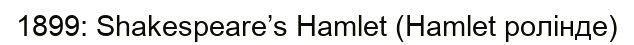
1899: Shakespeare’s Hamlet (Hamlet ролінде)